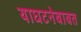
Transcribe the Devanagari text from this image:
याघटनेबाबत